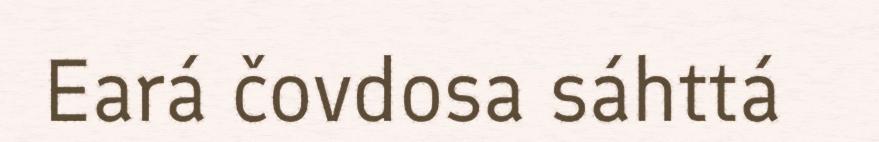
Eará čovdosa sáhttá